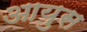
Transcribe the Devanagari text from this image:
आयुस